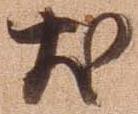
尤